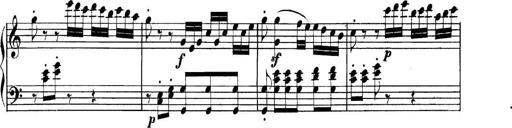
Title: Collected Piano Sonatas
Composer: Muzio Clementi